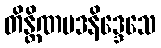
တိန္တိဏပဒနိဒ္ဒေသေ